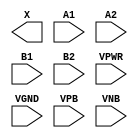
module sky130_fd_sc_ls__a22o (
    X   ,
    A1  ,
    A2  ,
    B1  ,
    B2  ,
    VPWR,
    VGND,
    VPB ,
    VNB
);

    output X   ;
    input  A1  ;
    input  A2  ;
    input  B1  ;
    input  B2  ;
    input  VPWR;
    input  VGND;
    input  VPB ;
    input  VNB ;
endmodule